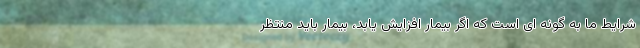
شرایط ما به گونه ای است که اگر بیمار افزایش یابد، بیمار باید منتظر